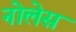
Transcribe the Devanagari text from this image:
नोलेस